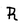
Character: R